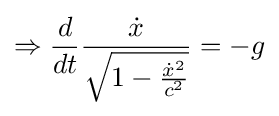
\Rightarrow {\frac {d}{dt}}{\frac {\dot {x}}{\sqrt {1-{\frac {{\dot {x}}^{2}}{c^{2}}}}}}=-g